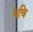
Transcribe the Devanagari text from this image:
पचि